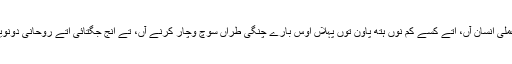
رنپوچے نے ایہ مت دتی کہ جے اسی حقیقت پسند اتے عملی انسان آں، اتے کسے کم نوں ہتھ پاون توں پہلاں اوس بارے چنگی طراں سوچ وچار کرنے آں، تے انج جگتائی اتے روحانی دونویں طراں دے معاملے بھلے ول نال نبیڑے جا سکدے نیں۔